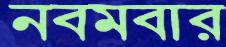
নবমবার